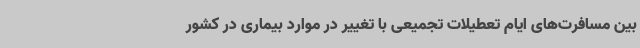
بین مسافرت‌های ایام تعطیلات تجمیعی با تغییر در موارد بیماری در کشور